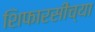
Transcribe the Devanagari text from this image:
शिफारसींच्या